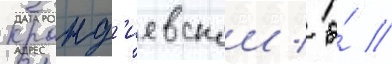
Кранд'иевскои / о́ //